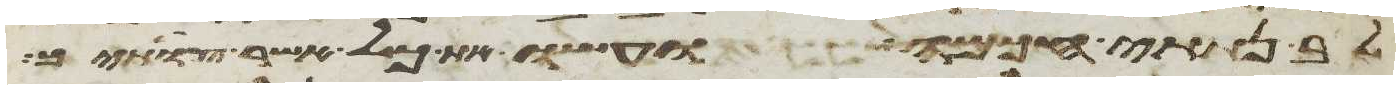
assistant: לב נתתי חכמה ועשו את כל אשר צויתיך